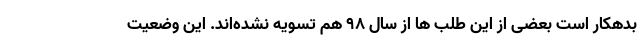
بدهکار است بعضی از این طلب ها از سال ۹۸ هم تسویه نشده‌اند. این وضعیت